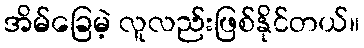
အိမ်ခြေမဲ့ လူလည်းဖြစ်နိုင်တယ်။